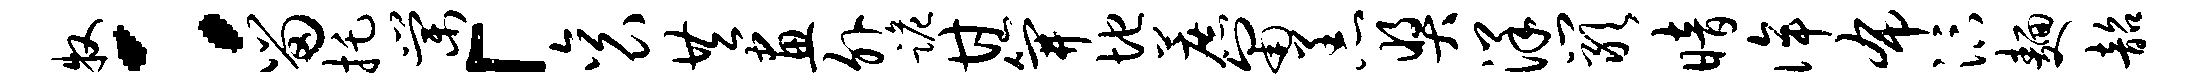
牧：留托棠「衮共画外跪甘笄地蔗匍恙奖洋岩暗侔布汴面韶